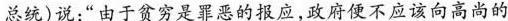
总统)说：”由于贫穷是罪恶的报应，政府便不应该向高尚的